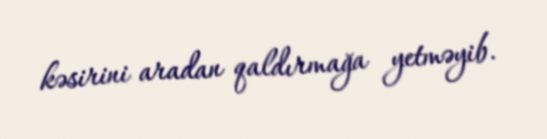
kəsirini aradan qaldırmağa yetməyib.